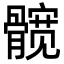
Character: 髋